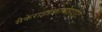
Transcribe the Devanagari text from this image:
सैकेराइडकार्बोहाइड्रेट